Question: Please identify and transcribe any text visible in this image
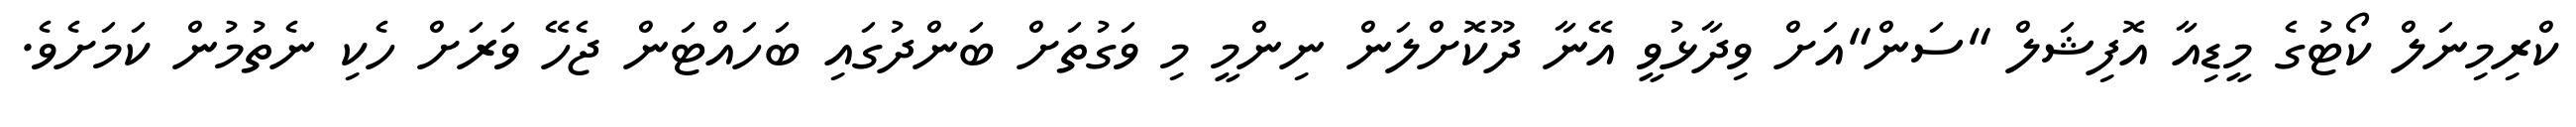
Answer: ކްރިމިނަލް ކޯޓުގެ މީޑިއާ އޮފިޝަލް "ސަން"އަށް ވިދާޅުވީ އޭނާ ދޫކޮށްލަން ނިންމީ މި ވަގުތަށް ބަންދުގައި ބަހައްޓަން ޖެހޭ ވަރަށް ހެކި ނެތުމުން ކަމަށެވެ.